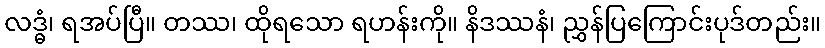
လဒ္ဓံ၊ ရအပ်ပြီ။ တဿ၊ ထိုရသော ရဟန်းကို။ နိဒဿနံ၊ ညွှန်ပြကြောင်းပုဒ်တည်း။